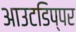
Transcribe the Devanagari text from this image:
आउटडिप्पर